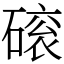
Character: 磙